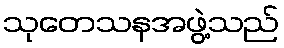
သုတေသနအဖွဲ့သည်